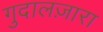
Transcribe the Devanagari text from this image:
गुदालज़ारा